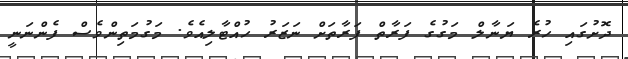
ދޮށުގައި ހުރެ ޔަނާލް މަގުގެ ފަރާތް ފަރާތަށް ނަޒަރު ހުއްޓާލިއެވެ. މަގުމަތިންވެސް ފެންނަނީ